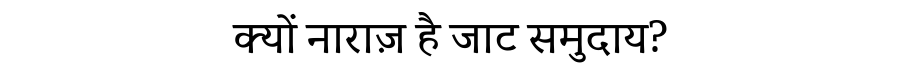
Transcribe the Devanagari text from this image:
क्यों नाराज़ है जाट समुदाय?